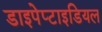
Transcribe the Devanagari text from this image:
डाइपेप्टाइडियल